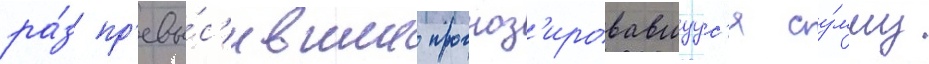
ра́з пр'евы́с'ившие прогноз'ировавшуус'я су́мму